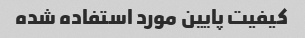
کیفیت پایین مورد استفاده شده